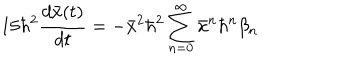
LaTeX: 1 5 \hbar ^ { 2 } \frac { d \bar { x } ( t ) } { d t } = - \bar { x } ^ { 2 } \hbar ^ { 2 } \sum _ { n = 0 } ^ { \infty } \bar { x } ^ { n } \hbar ^ { n } \beta _ { n }